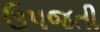
ઉપજતી